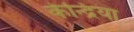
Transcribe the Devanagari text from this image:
केन्द्रिया